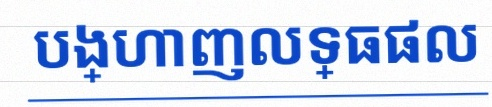
បង្ហាញលទ្ធផល